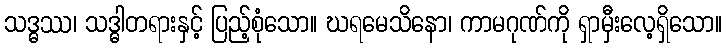
သဒ္ဓဿ၊ သဒ္ဓါတရားနှင့် ပြည့်စုံသော။ ဃရမေသိနော၊ ကာမဂုဏ်ကို ရှာမှီးလေ့ရှိသော။